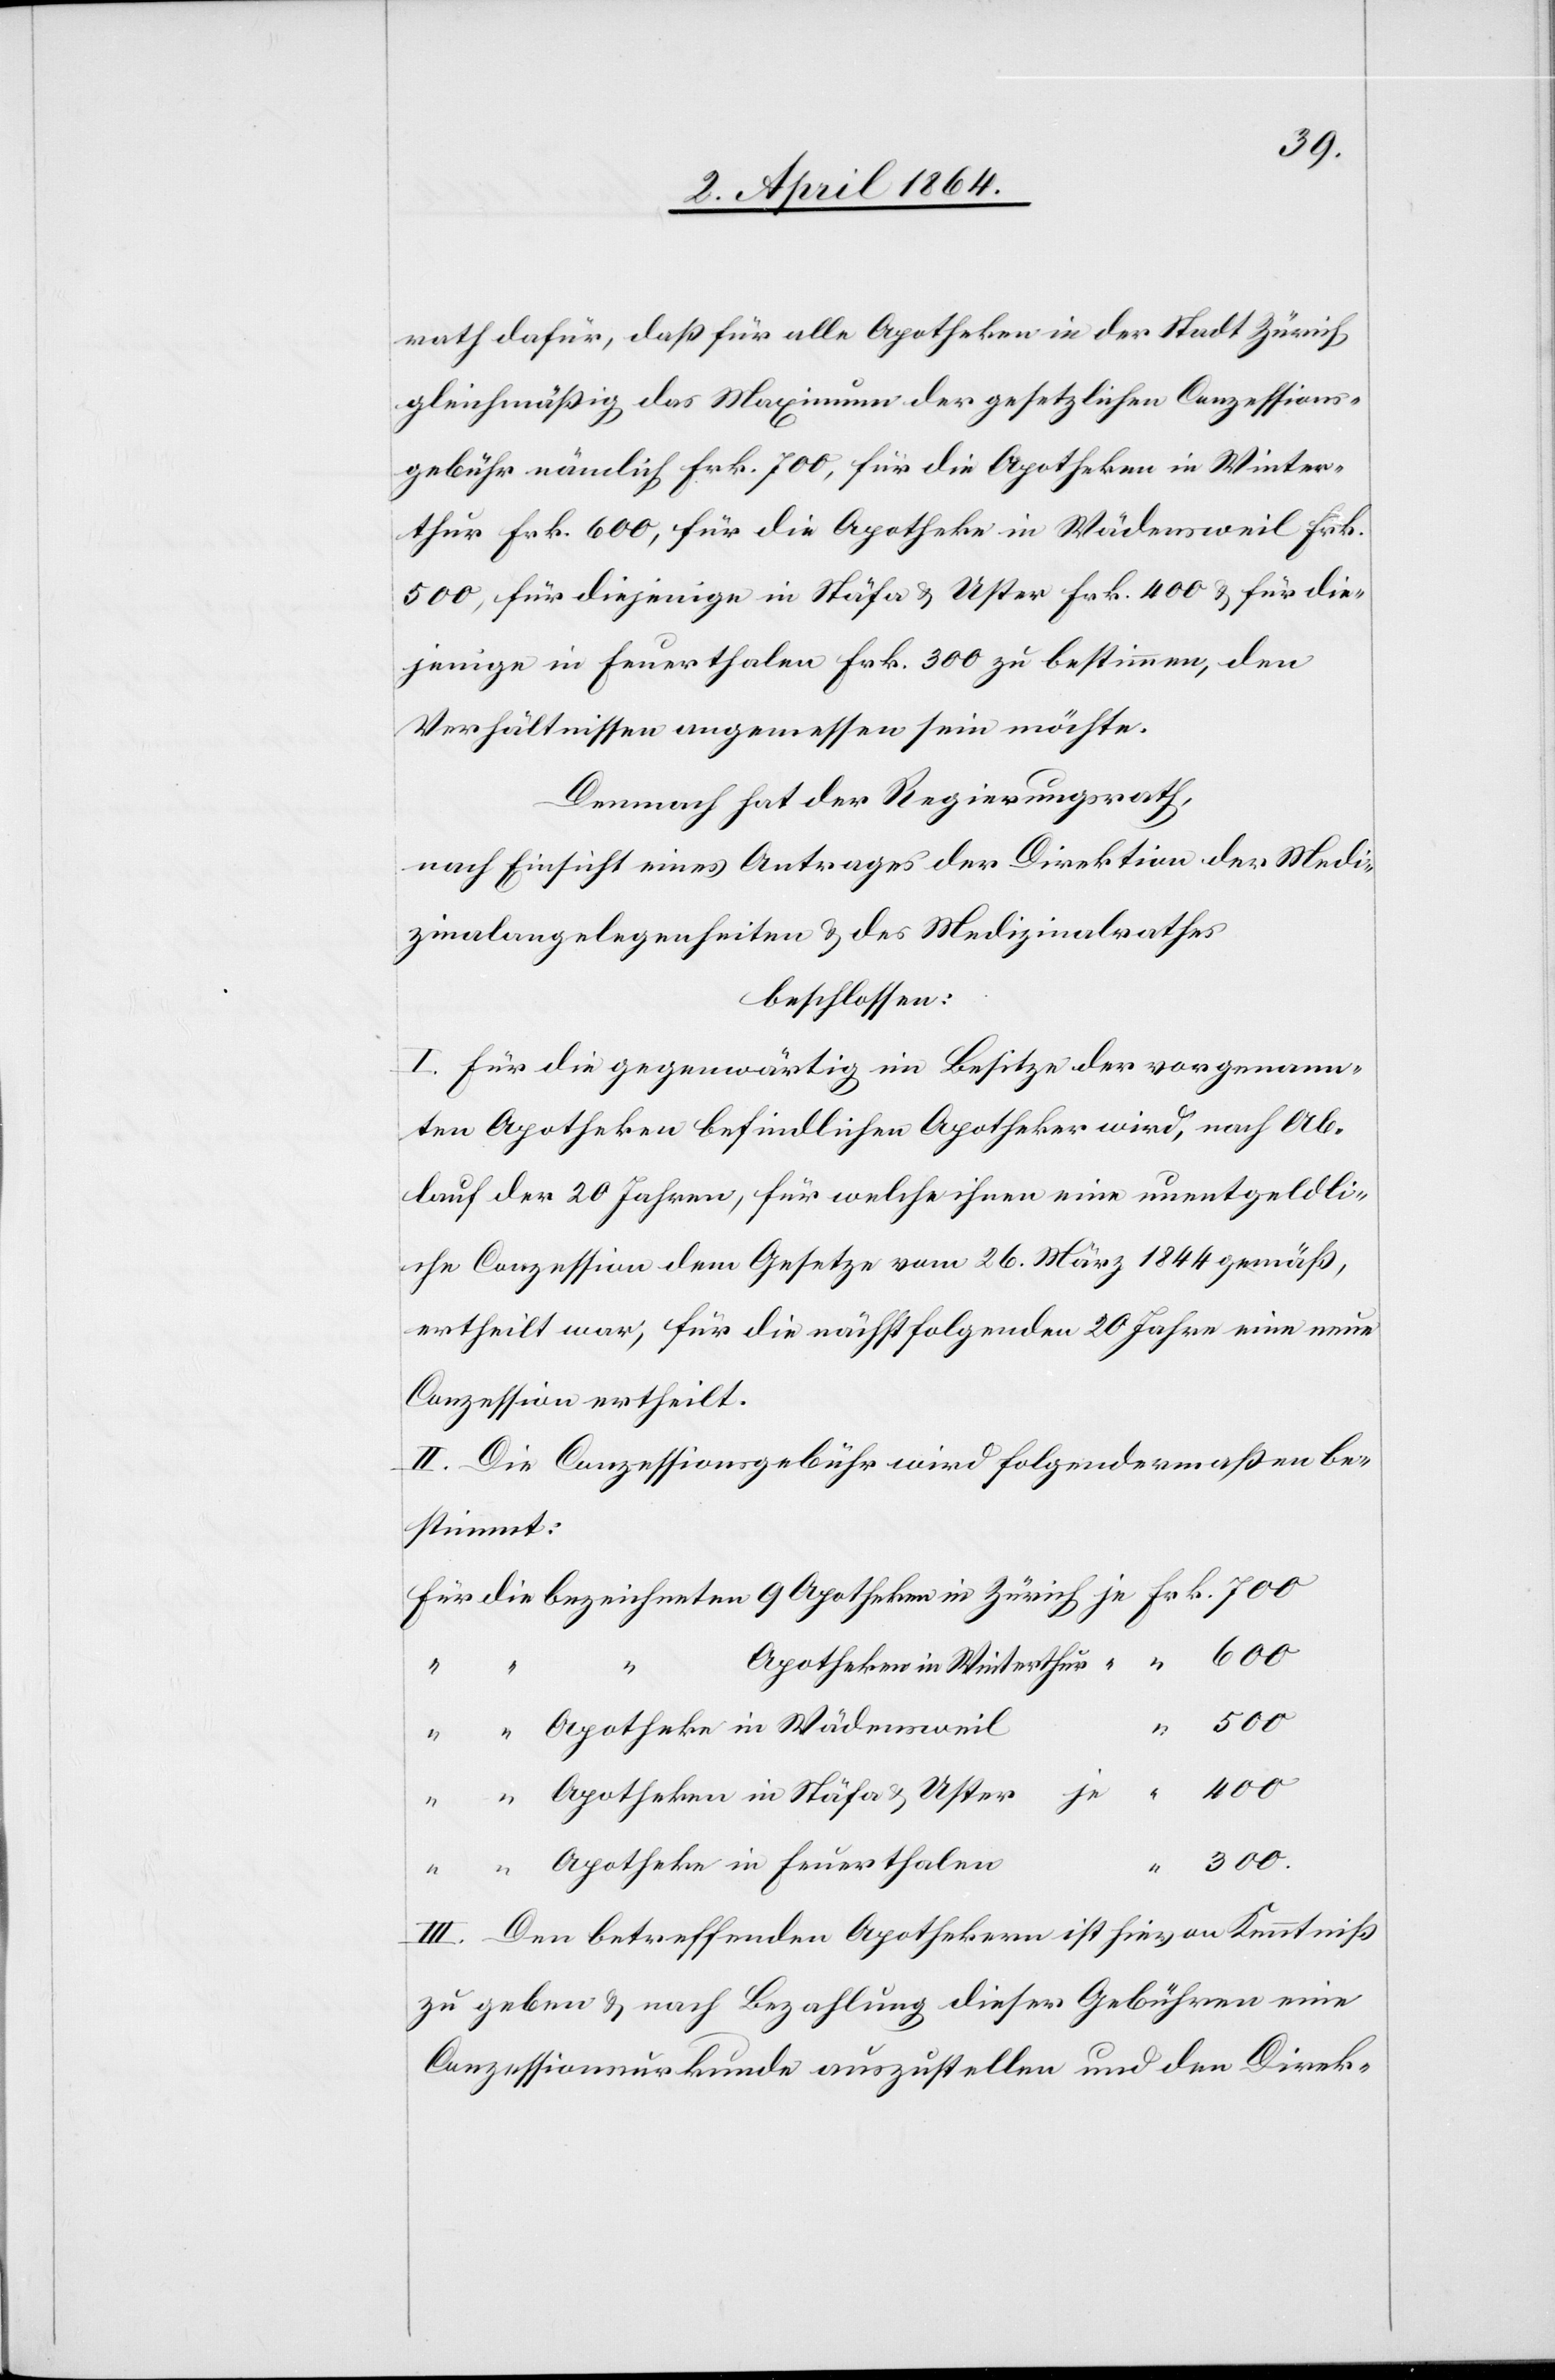
rath dafür, daß für alle Apotheken in der Stadt Zürich
gleichmäßig das Maximum der gesetzlichen Conzessions¬
gebühr nämlich Frk. 700, für die Apotheken in Winter¬
thur Frk. 600, für die Apotheke in Wädensweil Frk.
500, für diejenige in Stäfa u. Uster Frk. 400 u. für die¬
jenige in Feuerthalen Frk. 300 zu bestimmen, den
Verhältnissen angemessen sein möchte.
Demnach hat der Regierungsrath,
nach Einsicht eines Antrages der Direktion der Medi¬
zinalangelegenheiten u. des Medizinalrathes,
beschlossen:
I. Für die gegenwärtig im Besitze der vorgenann¬
ten Apotheken befindlichen Apotheker wird, nach Ab¬
lauf der 20 Jahren, für welche ihnen eine unentgeldli¬
che Conzession dem Gesetze vom 26. März 1844 gemäß,
ertheilt war, für die nächstfolgenden 20 Jahre eine neue
Conzession ertheilt.
II. Die Conzessionsgebühr wird folgendermaßen be¬
stimmt:
u.
“
Apotheke in Wädensweil
400
Apotheke in Feuerthalen
III. Den betreffenden Apothekern ist hievon Kenntniß
zu geben u. nach Bezahlung dieser Gebühren eine
Conzessionsurkunde auszustellen und den Direk-